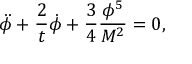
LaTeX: \ddot { \phi } + \frac { 2 } { t } \dot { \phi } + \frac { 3 } { 4 } \frac { \phi ^ { 5 } } { M ^ { 2 } } = 0 ,